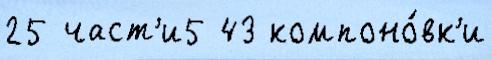
25 част'и5 43 компоно́вк'и